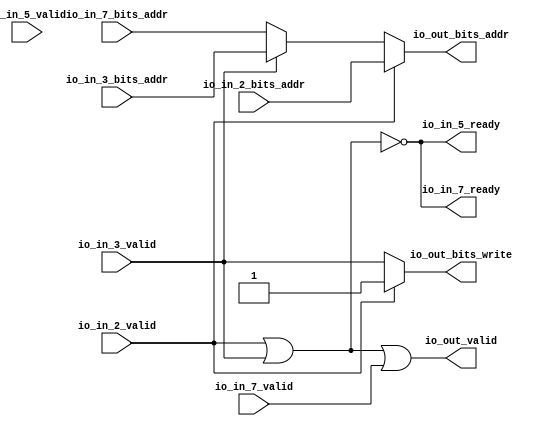
module DCacheModuleanon2( // @[:freechips.rocketchip.system.TinyConfig.fir@102989.2]
  input         io_in_2_valid, // @[:freechips.rocketchip.system.TinyConfig.fir@102992.4]
  input  [31:0] io_in_2_bits_addr, // @[:freechips.rocketchip.system.TinyConfig.fir@102992.4]
  input         io_in_3_valid, // @[:freechips.rocketchip.system.TinyConfig.fir@102992.4]
  input  [31:0] io_in_3_bits_addr, // @[:freechips.rocketchip.system.TinyConfig.fir@102992.4]
  output        io_in_5_ready, // @[:freechips.rocketchip.system.TinyConfig.fir@102992.4]
  input         io_in_5_valid, // @[:freechips.rocketchip.system.TinyConfig.fir@102992.4]
  output        io_in_7_ready, // @[:freechips.rocketchip.system.TinyConfig.fir@102992.4]
  input         io_in_7_valid, // @[:freechips.rocketchip.system.TinyConfig.fir@102992.4]
  input  [31:0] io_in_7_bits_addr, // @[:freechips.rocketchip.system.TinyConfig.fir@102992.4]
  output        io_out_valid, // @[:freechips.rocketchip.system.TinyConfig.fir@102992.4]
  output        io_out_bits_write, // @[:freechips.rocketchip.system.TinyConfig.fir@102992.4]
  output [31:0] io_out_bits_addr // @[:freechips.rocketchip.system.TinyConfig.fir@102992.4]
);
  wire [31:0] _GEN_22; // @[Arbiter.scala 126:27:freechips.rocketchip.system.TinyConfig.fir@103024.4]
  wire  _T_2; // @[Arbiter.scala 31:68:freechips.rocketchip.system.TinyConfig.fir@103058.4]
  wire  _T_9; // @[Arbiter.scala 31:78:freechips.rocketchip.system.TinyConfig.fir@103065.4]
  wire  _T_21; // @[Arbiter.scala 135:19:freechips.rocketchip.system.TinyConfig.fir@103085.4]
  assign _GEN_22 = io_in_3_valid ? io_in_3_bits_addr : io_in_7_bits_addr; // @[Arbiter.scala 126:27:freechips.rocketchip.system.TinyConfig.fir@103024.4]
  assign _T_2 = io_in_2_valid | io_in_3_valid; // @[Arbiter.scala 31:68:freechips.rocketchip.system.TinyConfig.fir@103058.4]
  assign _T_9 = _T_2 == 1'h0; // @[Arbiter.scala 31:78:freechips.rocketchip.system.TinyConfig.fir@103065.4]
  assign _T_21 = _T_9 == 1'h0; // @[Arbiter.scala 135:19:freechips.rocketchip.system.TinyConfig.fir@103085.4]
  assign io_in_5_ready = _T_2 == 1'h0; // @[Arbiter.scala 134:14:freechips.rocketchip.system.TinyConfig.fir@103080.4]
  assign io_in_7_ready = _T_2 == 1'h0; // @[Arbiter.scala 134:14:freechips.rocketchip.system.TinyConfig.fir@103084.4]
  assign io_out_valid = _T_21 | io_in_7_valid; // @[Arbiter.scala 135:16:freechips.rocketchip.system.TinyConfig.fir@103087.4]
  assign io_out_bits_write = io_in_2_valid ? 1'h1 : io_in_3_valid; // @[Arbiter.scala 124:15:freechips.rocketchip.system.TinyConfig.fir@102999.4 Arbiter.scala 128:19:freechips.rocketchip.system.TinyConfig.fir@103006.6 Arbiter.scala 128:19:freechips.rocketchip.system.TinyConfig.fir@103014.6 Arbiter.scala 128:19:freechips.rocketchip.system.TinyConfig.fir@103022.6 Arbiter.scala 128:19:freechips.rocketchip.system.TinyConfig.fir@103030.6 Arbiter.scala 128:19:freechips.rocketchip.system.TinyConfig.fir@103038.6 Arbiter.scala 128:19:freechips.rocketchip.system.TinyConfig.fir@103046.6 Arbiter.scala 128:19:freechips.rocketchip.system.TinyConfig.fir@103054.6]
  assign io_out_bits_addr = io_in_2_valid ? io_in_2_bits_addr : _GEN_22; // @[Arbiter.scala 124:15:freechips.rocketchip.system.TinyConfig.fir@102998.4 Arbiter.scala 128:19:freechips.rocketchip.system.TinyConfig.fir@103005.6 Arbiter.scala 128:19:freechips.rocketchip.system.TinyConfig.fir@103013.6 Arbiter.scala 128:19:freechips.rocketchip.system.TinyConfig.fir@103021.6 Arbiter.scala 128:19:freechips.rocketchip.system.TinyConfig.fir@103029.6 Arbiter.scala 128:19:freechips.rocketchip.system.TinyConfig.fir@103037.6 Arbiter.scala 128:19:freechips.rocketchip.system.TinyConfig.fir@103045.6 Arbiter.scala 128:19:freechips.rocketchip.system.TinyConfig.fir@103053.6]
endmodule